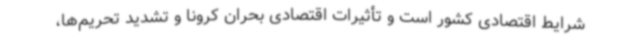
شرایط اقتصادی کشور است و تأثیرات اقتصادی بحران کرونا و تشدید تحریم‌ها،